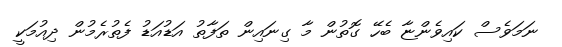
ނަމަވެސް ކައިވެންޏާ ބެހޭ ގޮތުން މާ ގިނައިން ތަފާތު އަޑުއަޑު ފެތުރެމުން ދިއުމަކީ